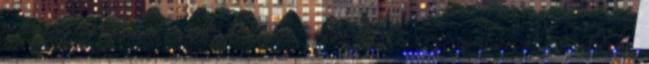
szeretek ADNI És nemcsak tárgyakat, hanem érzéseket, megértést, szeretetet,